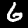
Label: 6